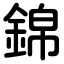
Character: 錦